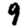
Digit: 9